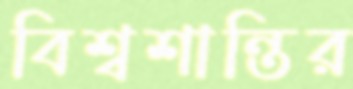
বিশ্বশান্তির